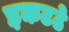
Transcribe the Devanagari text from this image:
इकटठे